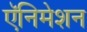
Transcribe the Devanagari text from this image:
ऍनिमेशन